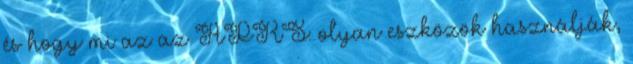
és hogy mi az az APRS: olyan eszközök használják,